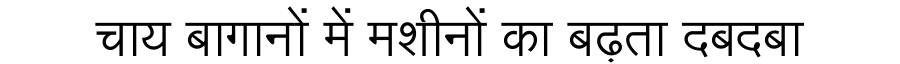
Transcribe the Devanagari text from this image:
चाय बागानों में मशीनों का बढ़ता दबदबा